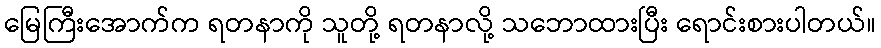
မြေကြီးအောက်က ရတနာကို သူတို့ ရတနာလို့ သဘောထားပြီး ရောင်းစားပါတယ်။